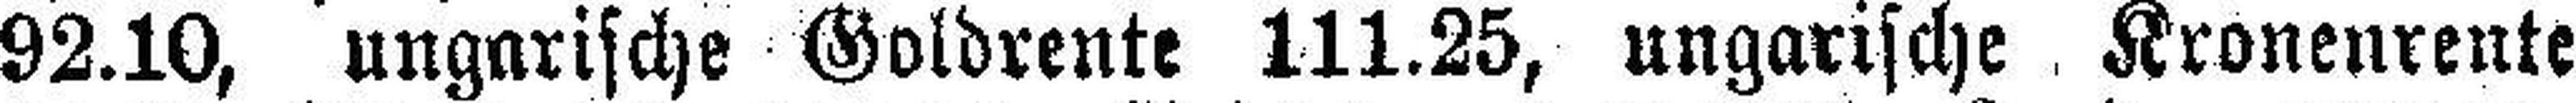
92.10, ungarische Goldrente 111.25, ungarische Kronenrente